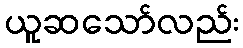
ယူဆသော်လည်း